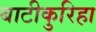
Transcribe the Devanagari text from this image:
बाटीकुरिहा